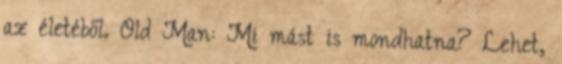
az életéből. Old Man: Mi mást is mondhatna? Lehet,